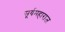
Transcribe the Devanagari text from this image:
सूर्यमहाराज